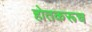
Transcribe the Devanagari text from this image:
होतकरूच